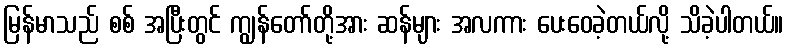
မြန်မာသည် စစ် အပြီးတွင် ကျွန်တော်တို့အား ဆန်များ အလကား ပေးဝေခဲ့တယ်လို့ သိခဲ့ပါတယ်။